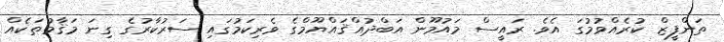
ތަންފީޒް ކުރެއްވުމުގަ އެވެ. ރައީސް މައުމޫން އަބްދުއްޤައްޔޫމްގެ ވެރިކަމުގައި ސަރުކާރުގެ ގިނަ މަޤާމުތަކެއް